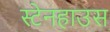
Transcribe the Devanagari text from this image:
स्टेनहाउस